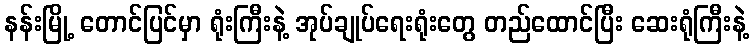
နန်းမြို့ တောင်ပြင်မှာ ရုံးကြီးနဲ့ အုပ်ချုပ်ရေးရုံးတွေ တည်ထောင်ပြီး ဆေးရုံကြီးနဲ့